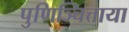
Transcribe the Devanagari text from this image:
पुणिञ्चित्ताया